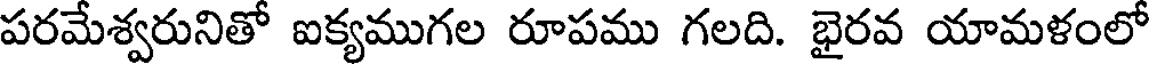
పరమేశ్వరునితో ఐక్యముగల రూపము గలది. భైరవ యామళంలో